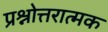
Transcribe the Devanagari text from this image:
प्रश्नोत्तरात्मक